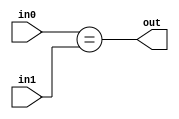
`timescale 1ns / 1ps
//////////////////////////////////////////////////////////////////////////////////
// Company: 
// Engineer: 
// 
// Design Name: 
// Module Name: compeq
// Project Name: 
// Target Devices: 
// Tool Versions: 
// Description: 
// 
// Dependencies: 
// 
// Revision:
// Revision 0.01 - File Created
// Additional Comments:
// 
//////////////////////////////////////////////////////////////////////////////////


module compeq(
    input [7:0] in0,
    input [7:0] in1,
    output out
    );
    assign out = (in0 == in1);
endmodule